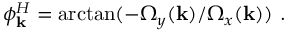
\phi _ { \mathbf { k } } ^ { H } = \arctan ( - \Omega _ { y } ( \mathbf { k } ) / \Omega _ { x } ( \mathbf { k } ) ) \textrm { . }